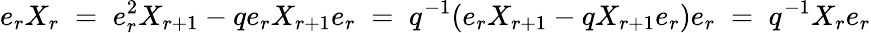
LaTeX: e_{r}X_{r}\; =\; e_{r}^{2}X_{r+1}-qe_{r}X_{r+1}e_{r}\; =\; q^{-1}(e_{r}X_{r+1}-qX_{r+1}e_{r})e_{r}\; =\; q^{-1}X_{r}e_{r}